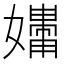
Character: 𪦧